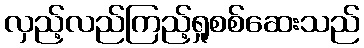
လှည့်လည်ကြည့်ရှုစစ်ဆေးသည်